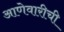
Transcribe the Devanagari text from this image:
आणेवारीची